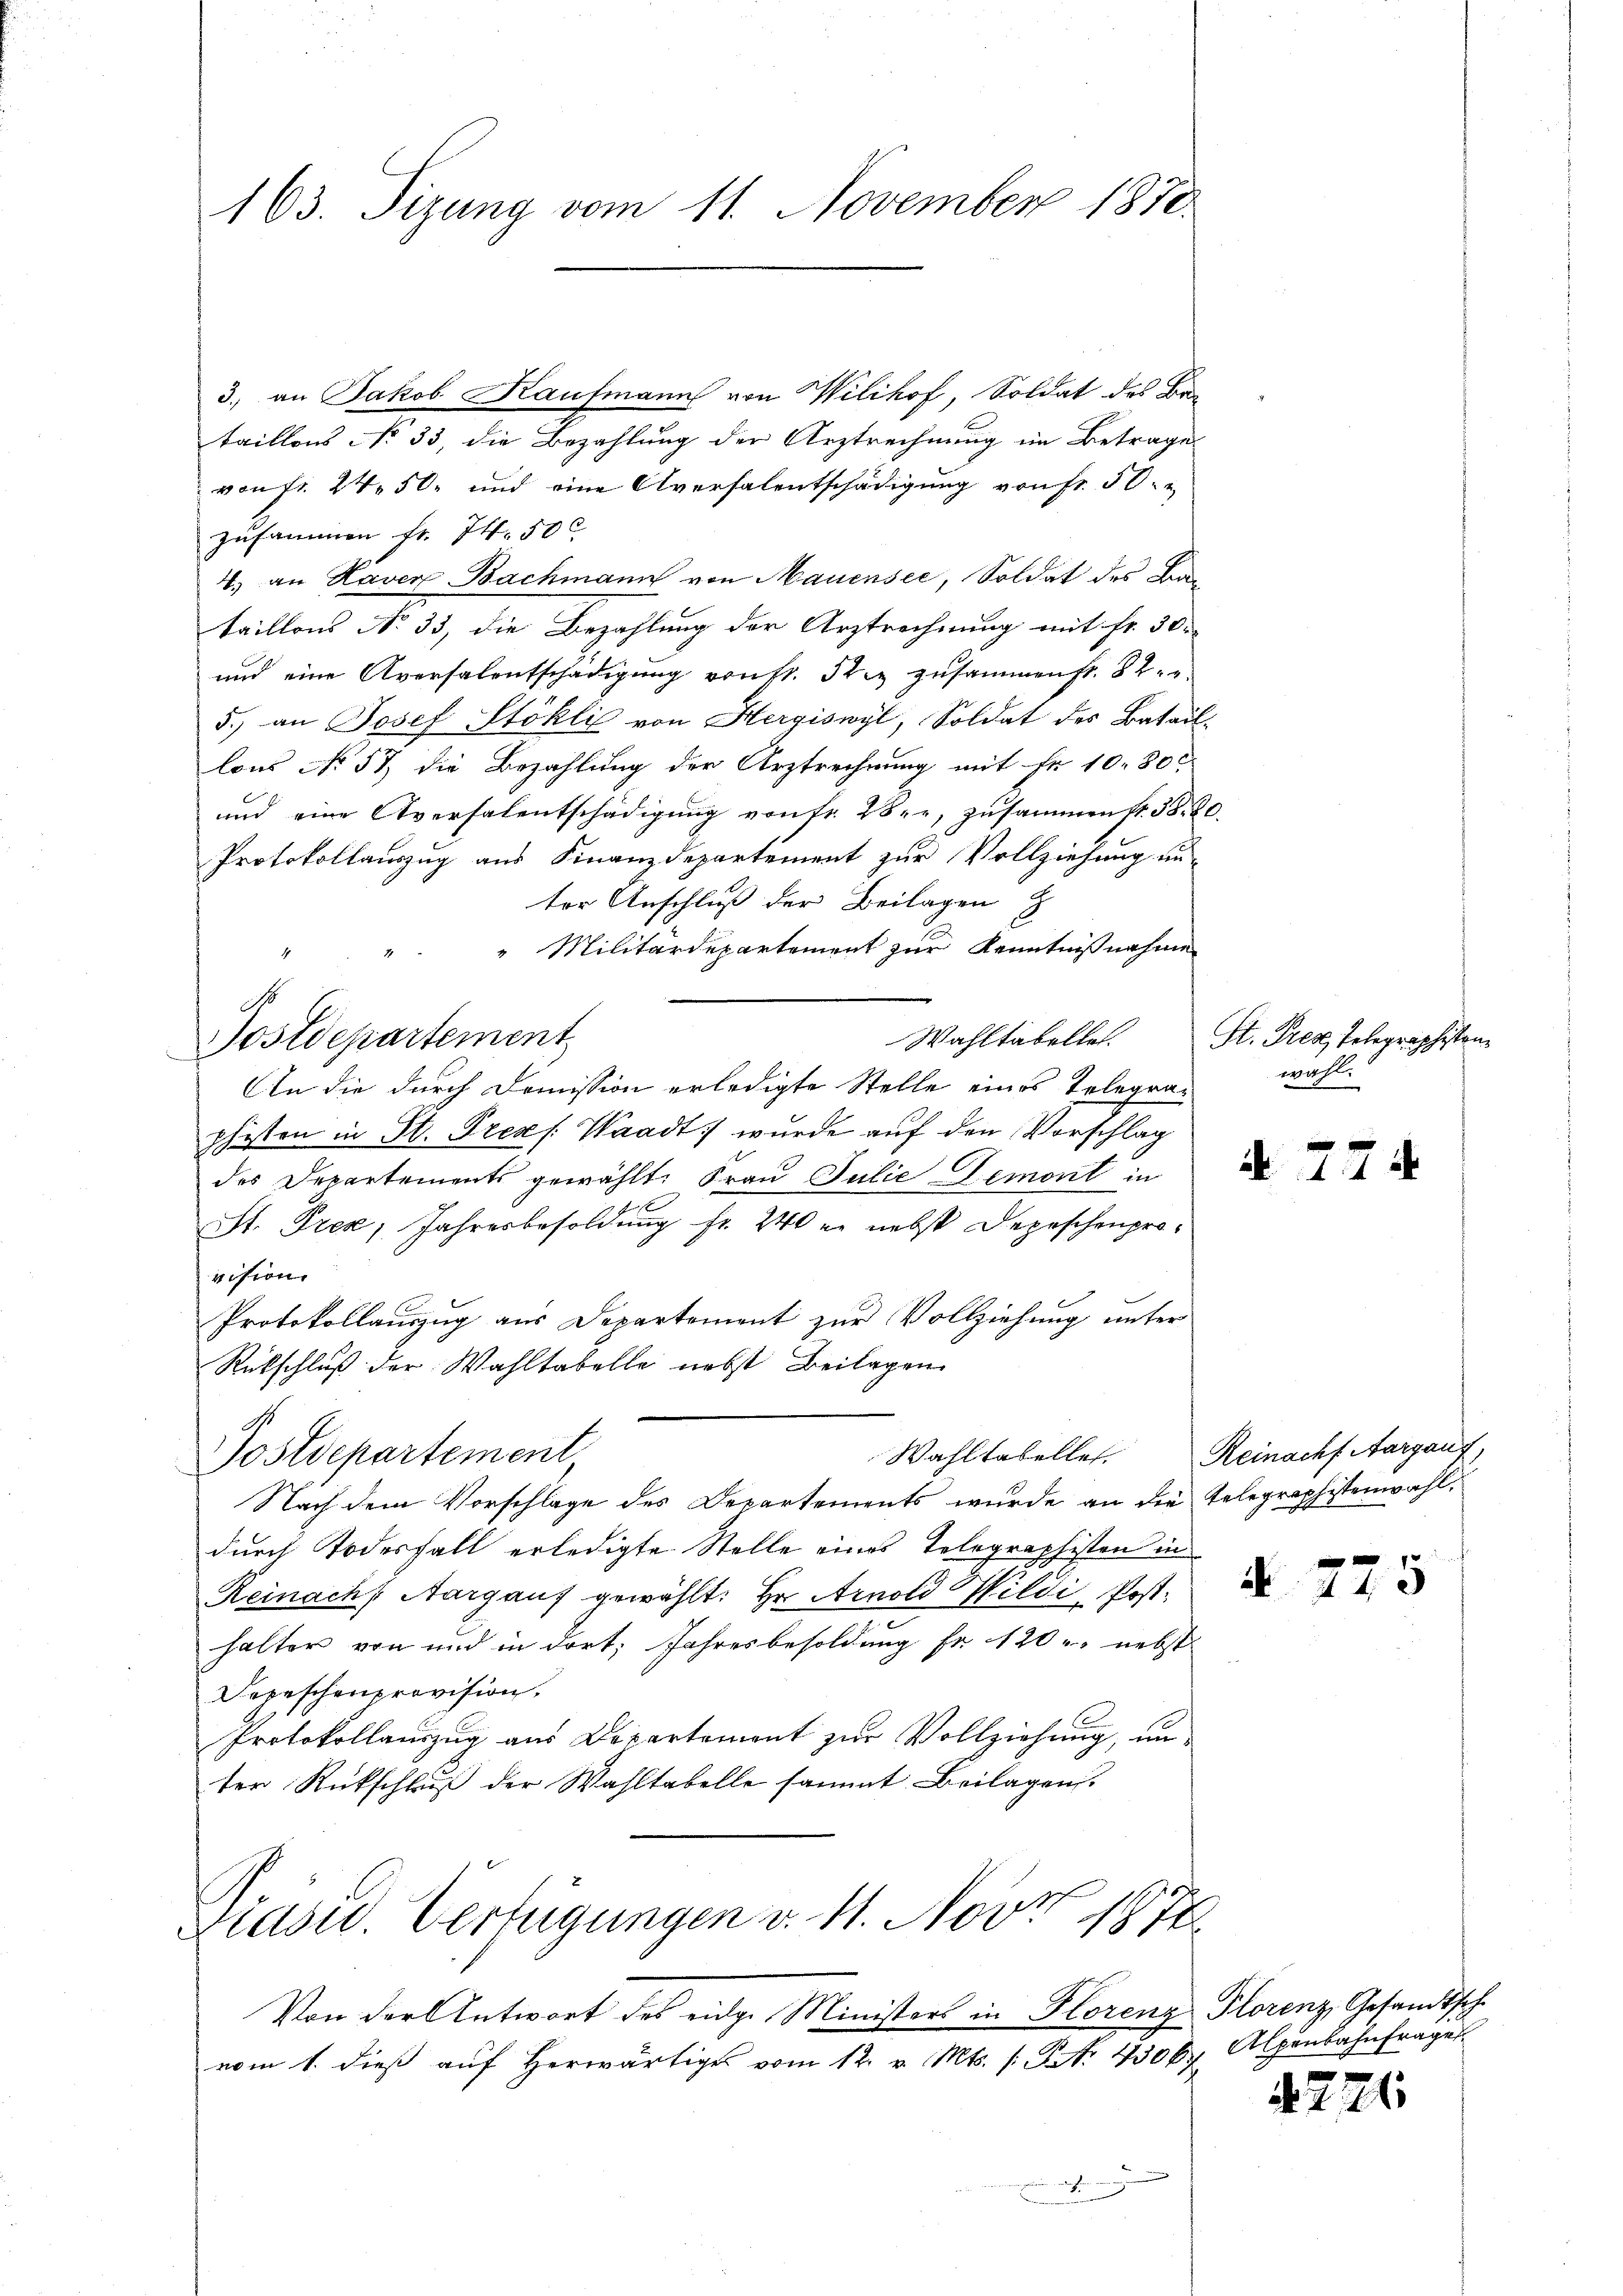
163. Tizung vom 11. November 1870.

3., an Jakob Kaufmann von Wilikof, Soldat des Bataillons No 33, die Bezahlung der Arztrechnung im Betrage
von fr. 24. 50. und eine Aversalentschädigung von fr. 50.
zusammen fr. 74. 50 C
4.) an Haven Bachmann von Mauensee, Soldat des Bautaillons No 33, die Bezahlung der Arztrechnung mit Fr. 30.
und eine Aversalentschädigung vonst. Sie zusammen fr. 82.
5.) an Josef Stöhle von Hergiswyl, Soldat des Batail-
lons No 57 die Bezahlung der Arztrechnung mit Fr. 1080
und eine Aversalentschädigung von Fr. 28, zusammen Nr. 58. 20.
Protokollauszug aus Finanzdepartement zur Vollziehung un-
ter Anschluß der Beilagen
" Militärdepartement zur Kenntnißnahme
.
Postdepartement
An die durch Domission erledigte Stelle eines Telegraphisten in St. Prens. Waadt wurde auf den Vorschlag
des Departements gewählt: Frau Julie Remont in
St. Prek, Jahresbesoldung fr. 240 er nebst Depeschenprovision
Protokollauszug aus Departement zur Vollziehung unter
Rückschluß der Wahltabelle nebst Beilagen
Wahltabelles. Reinach Aargauf,
Postdepartement
Nach dem Vorschläge des Departements wurde an die Telegraphistenwahldurch Todesfall erledigte Stelle eines Telegraphisten in
Reinach Aargauf gewählt: Hr. Arnold Wildi, Posthalter von und in dort, Jahresbesoldung Fr. 120 u. nebst
Depeschenprovision,
Protokollauszug aus Departement zur Vollziehung, unter Rückschluß der Wahltabelle sammt Beilagen.
d
rasw. Verfügungen v. 11. Nov
1877
f
Von der Antwort des eidge Ministers in Horenz Plorenz, Gesandtsch
vom 1. dieß auf herwärtiges vom 12. v. Mts. /: P. Nr. 43067

Wahltabelle. St. Prez, Telegraphisten
wahl.

d 774

N 775

d. 221

Alpenbahnfrage